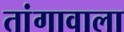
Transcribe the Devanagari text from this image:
तांगावाला